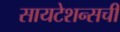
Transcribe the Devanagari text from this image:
सायटेशन्सची